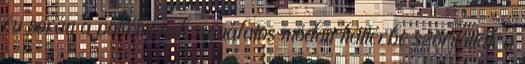
év során a pokémonok sajnálatos módon háttérbe szorították a